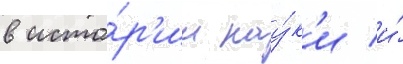
в исто́р'ии нау́к'и и́